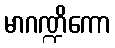
မာဂဏ္ဍိကော